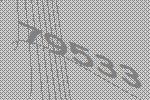
79533